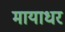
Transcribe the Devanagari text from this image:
मायाधर